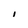
Character: I